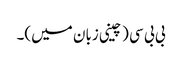
بی بی سی (چینی زبان میں)۔